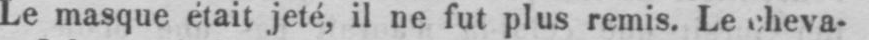
Le masque était jeté, il ne fut plus remis. Le cheva-